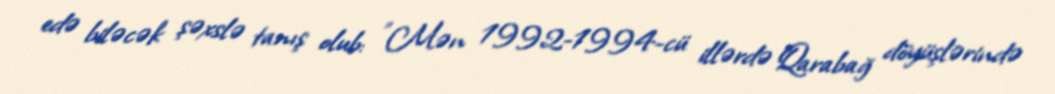
edə biləcək şəxslə tanış olub: "Mən 1992-1994-cü illərdə Qarabağ döyüşlərində